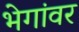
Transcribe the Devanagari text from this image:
भेगांवर